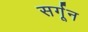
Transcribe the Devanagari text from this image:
सर्गून